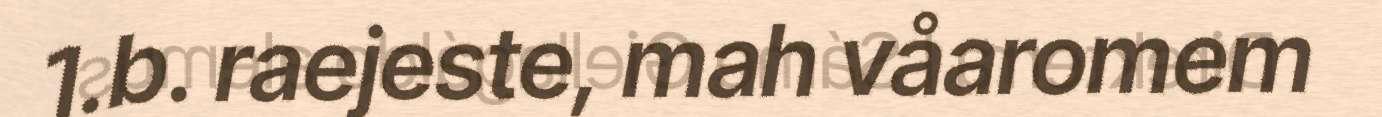
1.b. raejeste, mah våaromem